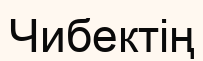
Чибектің